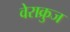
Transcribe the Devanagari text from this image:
वेराक्रुज